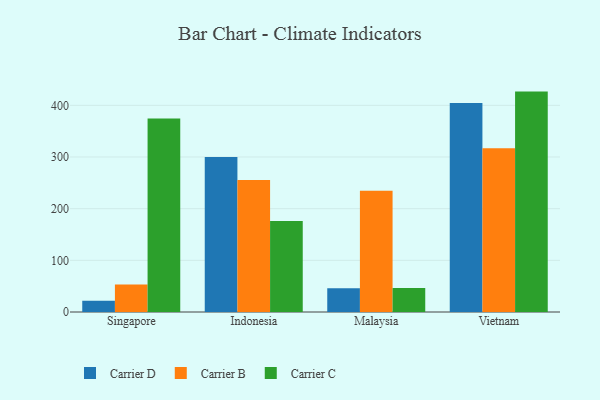
{"axis": {"x": "Country", "y": "Energy Usage (MWh)"}, "legend": ["Carrier B", "Carrier C", "Carrier D"], "data": [{"x": "Singapore", "y": 21.8, "type": "Carrier D"}, {"x": "Singapore", "y": 53.0, "type": "Carrier B"}, {"x": "Singapore", "y": 374.3, "type": "Carrier C"}, {"x": "Indonesia", "y": 299.8, "type": "Carrier D"}, {"x": "Indonesia", "y": 255.5, "type": "Carrier B"}, {"x": "Indonesia", "y": 176.2, "type": "Carrier C"}, {"x": "Malaysia", "y": 46.2, "type": "Carrier D"}, {"x": "Malaysia", "y": 234.6, "type": "Carrier B"}, {"x": "Malaysia", "y": 46.4, "type": "Carrier C"}, {"x": "Vietnam", "y": 404.4, "type": "Carrier D"}, {"x": "Vietnam", "y": 316.9, "type": "Carrier B"}, {"x": "Vietnam", "y": 426.6, "type": "Carrier C"}]}